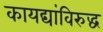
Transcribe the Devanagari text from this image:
कायद्यांविरुद्ध